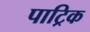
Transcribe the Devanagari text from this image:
पाट्रिक